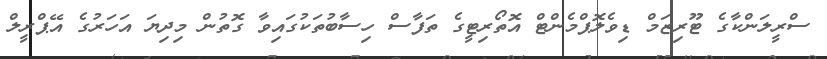
ސްރީލަންކާގެ ޓޫރިޒަމް ޑިވެލޮޕްމެންޓް އޮތޯރިޓީގެ ތަފާސް ހިސާބުތަކުގައިވާ ގޮތުން މިދިޔަ އަހަރުގެ އޭޕްރީލް